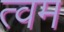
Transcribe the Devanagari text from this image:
त्वम